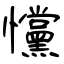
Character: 戃